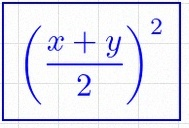
\left(\frac{x+y}{2}\right)^2